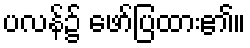
ပလန်၌ ဖော်ပြထား၏။